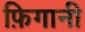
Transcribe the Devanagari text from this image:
फ़िगानी